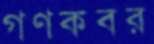
গণকবর